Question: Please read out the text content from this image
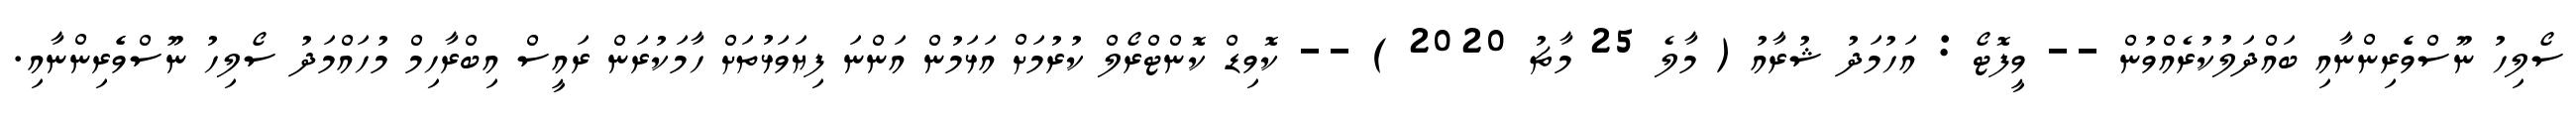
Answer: ސޯލިހު ނޫސްވެެރިންނާއި ބައްދަލުކުރެއްވުން -- ވީފޮޓޯ : އަހުމަދު ޝުރާއު ( މާލެ 25 މާޗު 2020 ) -- ކޮވިޑް ކޮންޓްރޯލް ކުރުމަށް އަޅަމުން އަންނަ ފިޔަވަޅުތަށް ހާމަކުރަން ރައީސް އިބްރާހިމް މުހައްމަދު ސޯލިހު ނޫސްވެެރިންނާއި.